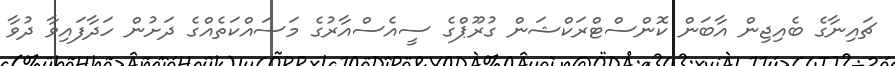
ޗައިނާގެ ބެއިޖިން އާބަން ކޮންސްޓްރަކްޝަން ގުރޫޕްގެ ސީއެސްއާރުގެ މަސައްކަތެއްގެ ދަށުން ހަދާފައިވާ ދުވާ